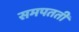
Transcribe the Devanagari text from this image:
समपतती